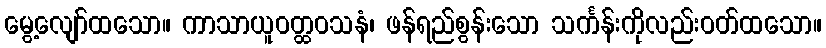
မွေ့လျော်ထသော။ ကာသာယူဝတ္ထဝသနံ၊ ဖန်ရည်စွန်းသော သင်္ကန်းကိုလည်းဝတ်ထသော။